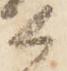
候